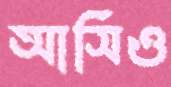
আসিও